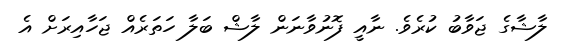
ލާޝާގެ ޖަވާބު ކުރެވެ. ނާއީ ފޮނުވާނަން ލާޝް ބަލާ ހަތަރެއް ޖަހާއިރަށް އެ